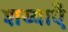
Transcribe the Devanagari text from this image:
शय्याएँ